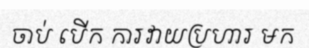
ចាប់ បើក ការវាយប្រហារ មក